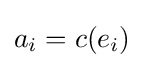
a_{i}=c(e_{i})